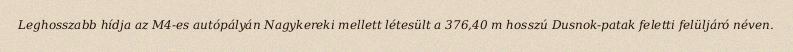
Leghosszabb hídja az M4-es autópályán Nagykereki mellett létesült a 376,40 m hosszú Dusnok-patak feletti felüljáró néven.